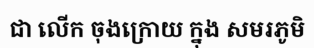
ជា លើក ចុងក្រោយ ក្នុង សមរភូមិ